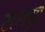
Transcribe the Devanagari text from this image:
टालपुरी